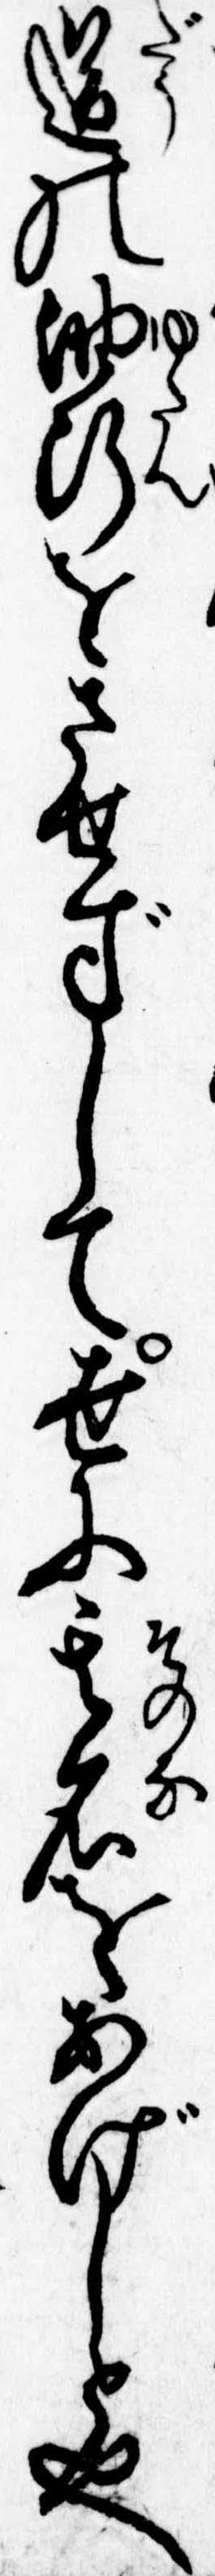
道の油断をさせずして世に其名をあげしと也